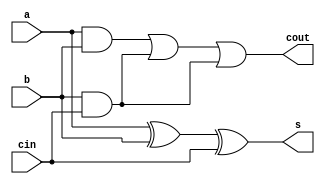
module fulladder(input a,input b,input cin,output s,output cout);
  assign s=a^b^cin;
  assign cout=a&b||b&cin||b&cin;
endmodule

module addersub(input [3:0]a,input [3:0]b,input cin,output [3:0]s,output cout);
  
  wire c1,c2,c3;
  fulladder f1(a[0],b[0]^cin,cin,s[0],c1);
  fulladder f2(a[01],b[1]^cin,c1,s[1],c2);
  fulladder f3(a[2],b[2]^cin,c2,s[2],c3);
  fulladder f4(a[3],b[3]^cin,c3,s[3],cout);
endmodule